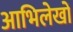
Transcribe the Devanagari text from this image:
आभिलेखों